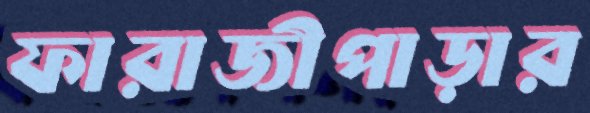
ফারাজীপাড়ার